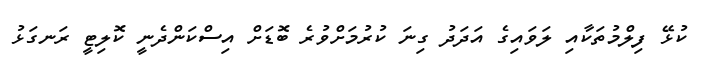
ކުޅޭ ފިލްމުތަކާއި ލަވައިގެ އަދަދު ގިނަ ކުރުމަށްވުރެ ބޮޑަށް އިސްކަންދެނީ ކޮލިޓީ ރަނގަޅު